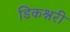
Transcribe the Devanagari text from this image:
डिकश्नरी